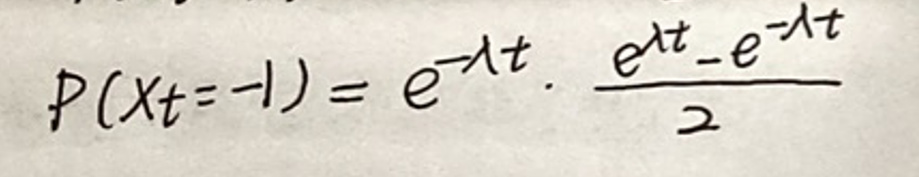
\[P(X_t=-1)=e^{-\lambda t}\cdot\frac{e^{\lambda t}-e^{-\lambda t}}{2}\]